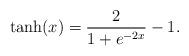
LaTeX: \begin{align*} \tanh(x) = \frac{2}{1+e^{-2x}} - 1. \end{align*}